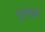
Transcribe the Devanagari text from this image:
मूसक